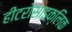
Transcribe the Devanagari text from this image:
हीटरोसाइक्लिक